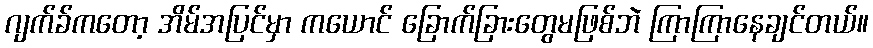
ဂျက်ခ်ကတော့ အိမ်အပြင်မှာ ကယောင် ခြောက်ခြားတွေမဖြစ်ဘဲ ကြာကြာနေချင်တယ်။